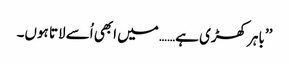
’’باہر کھڑی ہے…… میں ابھی اُسے لاتا ہوں۔